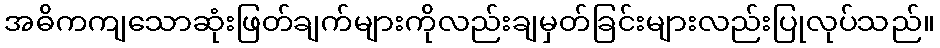
အဓိကကျသောဆုံးဖြတ်ချက်များကိုလည်းချမှတ်ခြင်းများလည်းပြုလုပ်သည်။